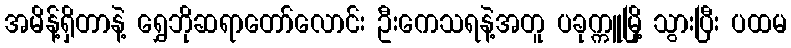
အမိန့်ရှိတာနဲ့ ရွှေဘိုဆရာတော်လောင်း ဦးကေသရနဲ့အတူ ပခုက္ကူမြို့ သွားပြီး ပထမ